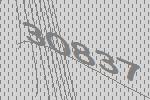
30837